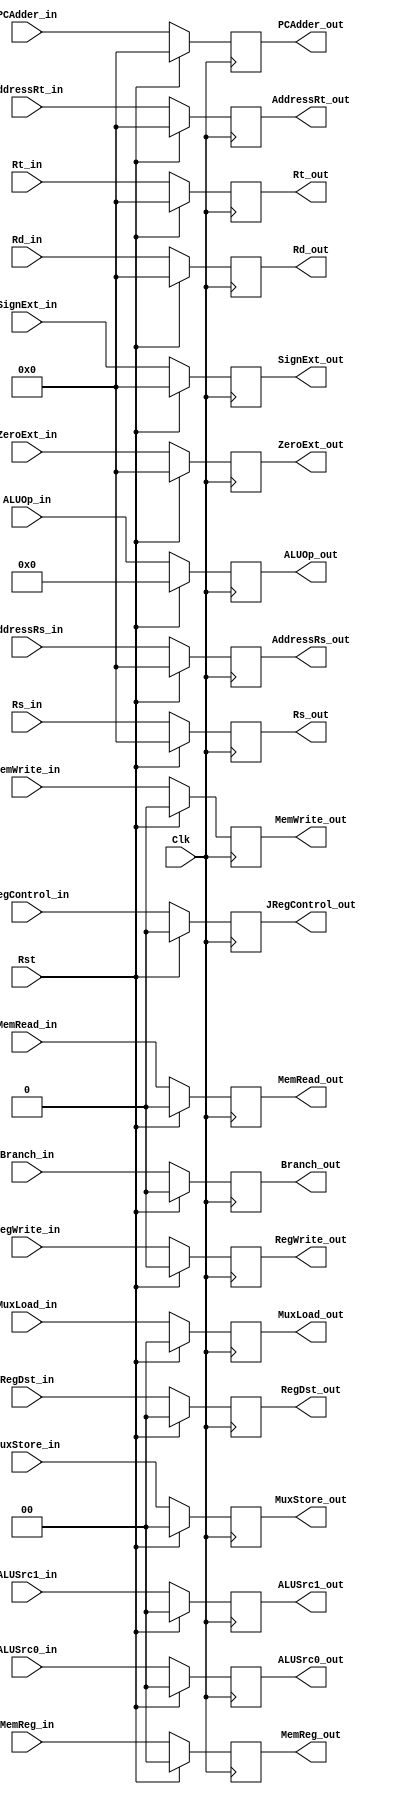
`timescale 1ns / 1ps

module ID_EX_Reg(    RegDst_in, ALUOp_in, ALUSrc0_in, ALUSrc1_in, MuxStore_in,            // EX
		  	         Branch_in, MemRead_in, MemWrite_in,	                              // M
		         	 RegWrite_in, MemReg_in, MuxLoad_in,                                 // WB
		          	 RegDst_out, ALUOp_out, ALUSrc0_out, ALUSrc1_out, MuxStore_out,       // EX
		       	     Branch_out, MemRead_out, MemWrite_out,	                              // M
		    	     RegWrite_out, MemReg_out, MuxLoad_out,                              // WB
		    	     PCAdder_in, PCAdder_out,
		    	     Rs_in, AddressRs_in, Rt_in, AddressRt_in, Rd_in, SignExt_in, ZeroExt_in,
		    	     Rs_out, AddressRs_out, Rt_out,AddressRt_out, Rd_out, SignExt_out, ZeroExt_out,
		    	     JRegControl_in, JRegControl_out, Clk, Rst);

	
	input Clk, Rst;	

	// EX
	input [5:0] ALUOp_in; input [1:0] RegDst_in, ALUSrc1_in, ALUSrc0_in, MuxStore_in;
	output reg [5:0] ALUOp_out; output reg [1:0] RegDst_out, ALUSrc1_out, ALUSrc0_out, MuxStore_out;
	
	// M
	input Branch_in, MemWrite_in, MemRead_in, JRegControl_in; 
	output reg Branch_out, MemWrite_out, MemRead_out, JRegControl_out; 
	
	// WB
	input RegWrite_in; input [1:0] MemReg_in, MuxLoad_in;
	output reg RegWrite_out; output reg [1:0] MemReg_out, MuxLoad_out;

	input [31:0] PCAdder_in, Rs_in, Rt_in, SignExt_in, ZeroExt_in, AddressRs_in, AddressRt_in, Rd_in;
	output reg [31:0] PCAdder_out, Rs_out, Rt_out, AddressRs_out, AddressRt_out, Rd_out, SignExt_out, ZeroExt_out;
	

	always@(posedge Clk) begin
        if(Rst == 1) begin
            RegDst_out <= 0;
            ALUOp_out <= 0;
            ALUSrc0_out <= 0;
            ALUSrc1_out <= 0;
            MuxStore_out <= 0;
            Branch_out <= 0;
            MemRead_out <= 0;
            MemWrite_out <= 0;
            RegWrite_out <= 0;
            MemReg_out <= 0;
            MuxLoad_out <= 0;
            PCAdder_out <= 0;
            Rs_out <= 0;
            Rt_out <= 0;
            AddressRs_out <= 0;
            AddressRt_out <= 0;
            SignExt_out <= 0;
            ZeroExt_out <= 0;
            Rd_out <= 0;
            JRegControl_out <= 0;
        end
        
        else begin
            RegDst_out <=  RegDst_in;
            ALUOp_out <=  ALUOp_in;
            ALUSrc0_out <=  ALUSrc0_in;
            ALUSrc1_out <=  ALUSrc1_in;
            MuxStore_out <=  MuxStore_in;
            Branch_out <=  Branch_in;
            MemRead_out <=  MemRead_in;
            MemWrite_out <=  MemWrite_in;
            RegWrite_out <=  RegWrite_in;
            MemReg_out <=  MemReg_in;
            MuxLoad_out <=  MuxLoad_in;
            PCAdder_out <=  PCAdder_in;
            Rs_out <=  Rs_in;
            Rt_out <=  Rt_in;
            AddressRs_out <=  AddressRs_in;
            AddressRt_out <=  AddressRt_in;
            SignExt_out <=  SignExt_in;
            ZeroExt_out <=  ZeroExt_in;
            Rd_out <= Rd_in;
            JRegControl_out <= JRegControl_in; 
        end
	end

endmodule